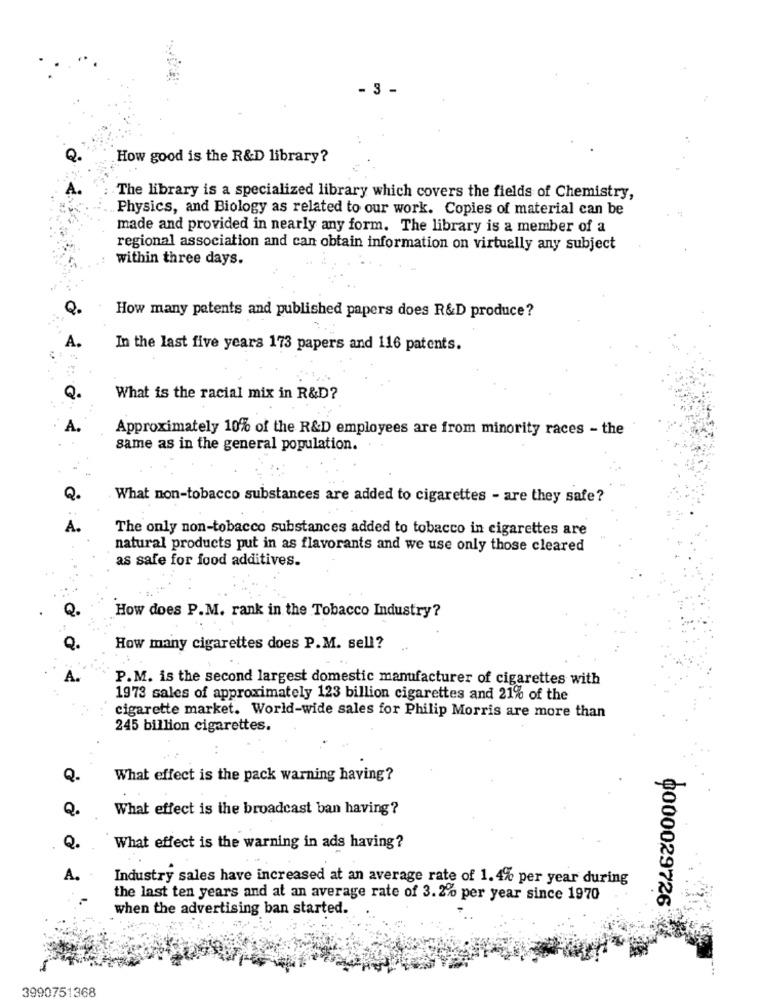
- 3 -
How good is the R&D library?
The library is a specialized library which covers the fields of Chemistry,
Physics, and Biology as related to our work. Copies of material can be
made and provided in nearly any form. The library is a member of a
regional association and can obtain information on virtually any subject
within three days.
How many patents and published papers does R&D produce?
In the last five years 173 papers and 116 patents.
What is the racial mix in R&D?
Approximately 10% of the R&D employees are from minority races - the
same as in the general population.
Q.
What non-tobacco substances are added to cigarettes - are they safe?
A.
The only non-tobacco substances added to tobacco in cigarettes are
natural products put in as flavorants and we use only those cleared
as safe for food additives.
How does P.M. rank in the Tobacco Industry?
How many cigarettes does P.M. sell?
P.M. is the second largest domestic manufacturer of cigarettes with
1973 sales of approximately 123 billion cigarettes and 21% of the
cigarette market. World-wide sales for Philip Morris are more than
245 billion cigarettes.
What effect is the pack warning having?
What effect is the broadcast ban having?
What effect is the warning in ads having?
A.
Industry sales have increased at an average rate of 1.4% per year during
the last ten years and at an average rate of 3.2% per year since 1970
0000029726
when the advertising ban started.
3990751368